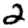
Digit: 2